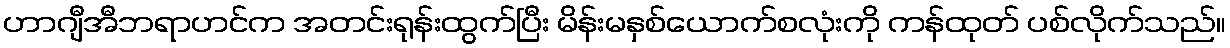
ဟာဂျီအီဘရာဟင်က အတင်းရုန်းထွက်ပြီး မိန်းမနှစ်ယောက်စလုံးကို ကန်ထုတ် ပစ်လိုက်သည်။